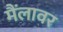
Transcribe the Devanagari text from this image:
मैंलावर